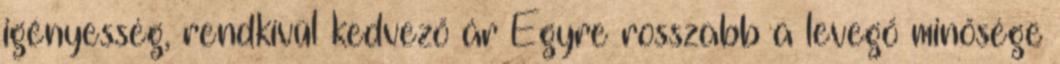
igényesség, rendkívül kedvező ár Egyre rosszabb a levegő minősége